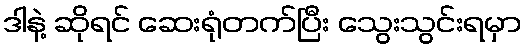
ဒါနဲ့ ဆိုရင် ဆေးရုံတက်ပြီး သွေးသွင်းရမှာ